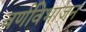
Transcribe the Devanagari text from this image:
वर्णविभाजन